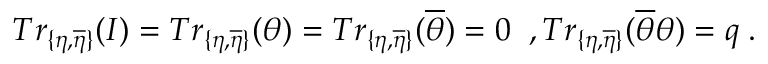
T r _ { \{ \eta , \overline { { { \eta } } } \} } ( I ) = T r _ { \{ \eta , \overline { { { \eta } } } \} } ( \theta ) = T r _ { \{ \eta , \overline { { { \eta } } } \} } ( \overline { { { \theta } } } ) = 0 \; \; , T r _ { \{ \eta , \overline { { { \eta } } } \} } ( \overline { { { \theta } } } \theta ) = q \; .